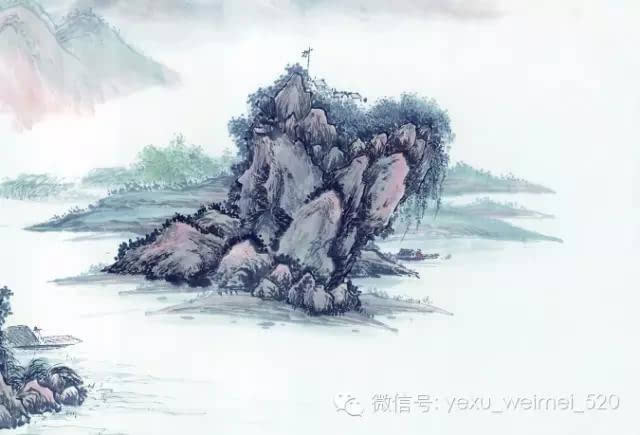
荒戍落黄叶，浩然离故关。